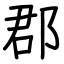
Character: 郡